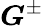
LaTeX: \boldsymbol{G}^{\pm}